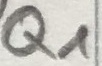
Text: Q1